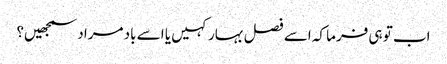
اب تو ہی فرما کہ اسے فصل بہار کہیں یا اسے باد مراد سمجھیں؟